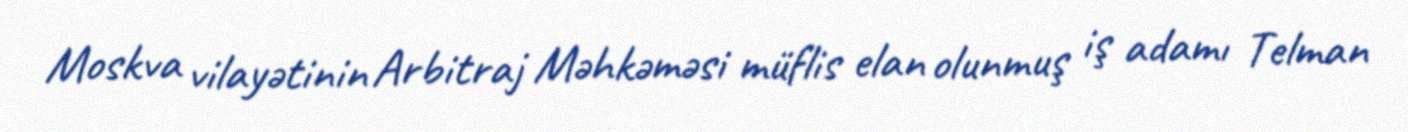
Moskva vilayətinin Arbitraj Məhkəməsi müflis elan olunmuş iş adamı Telman